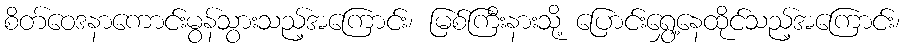
စိတ်ဝေဒနာကောင်းမွန်သွားသည့်အကြောင်း၊ မြစ်ကြီးနားသို့ ပြောင်းရွှေ့နေထိုင်သည့်အကြောင်း၊